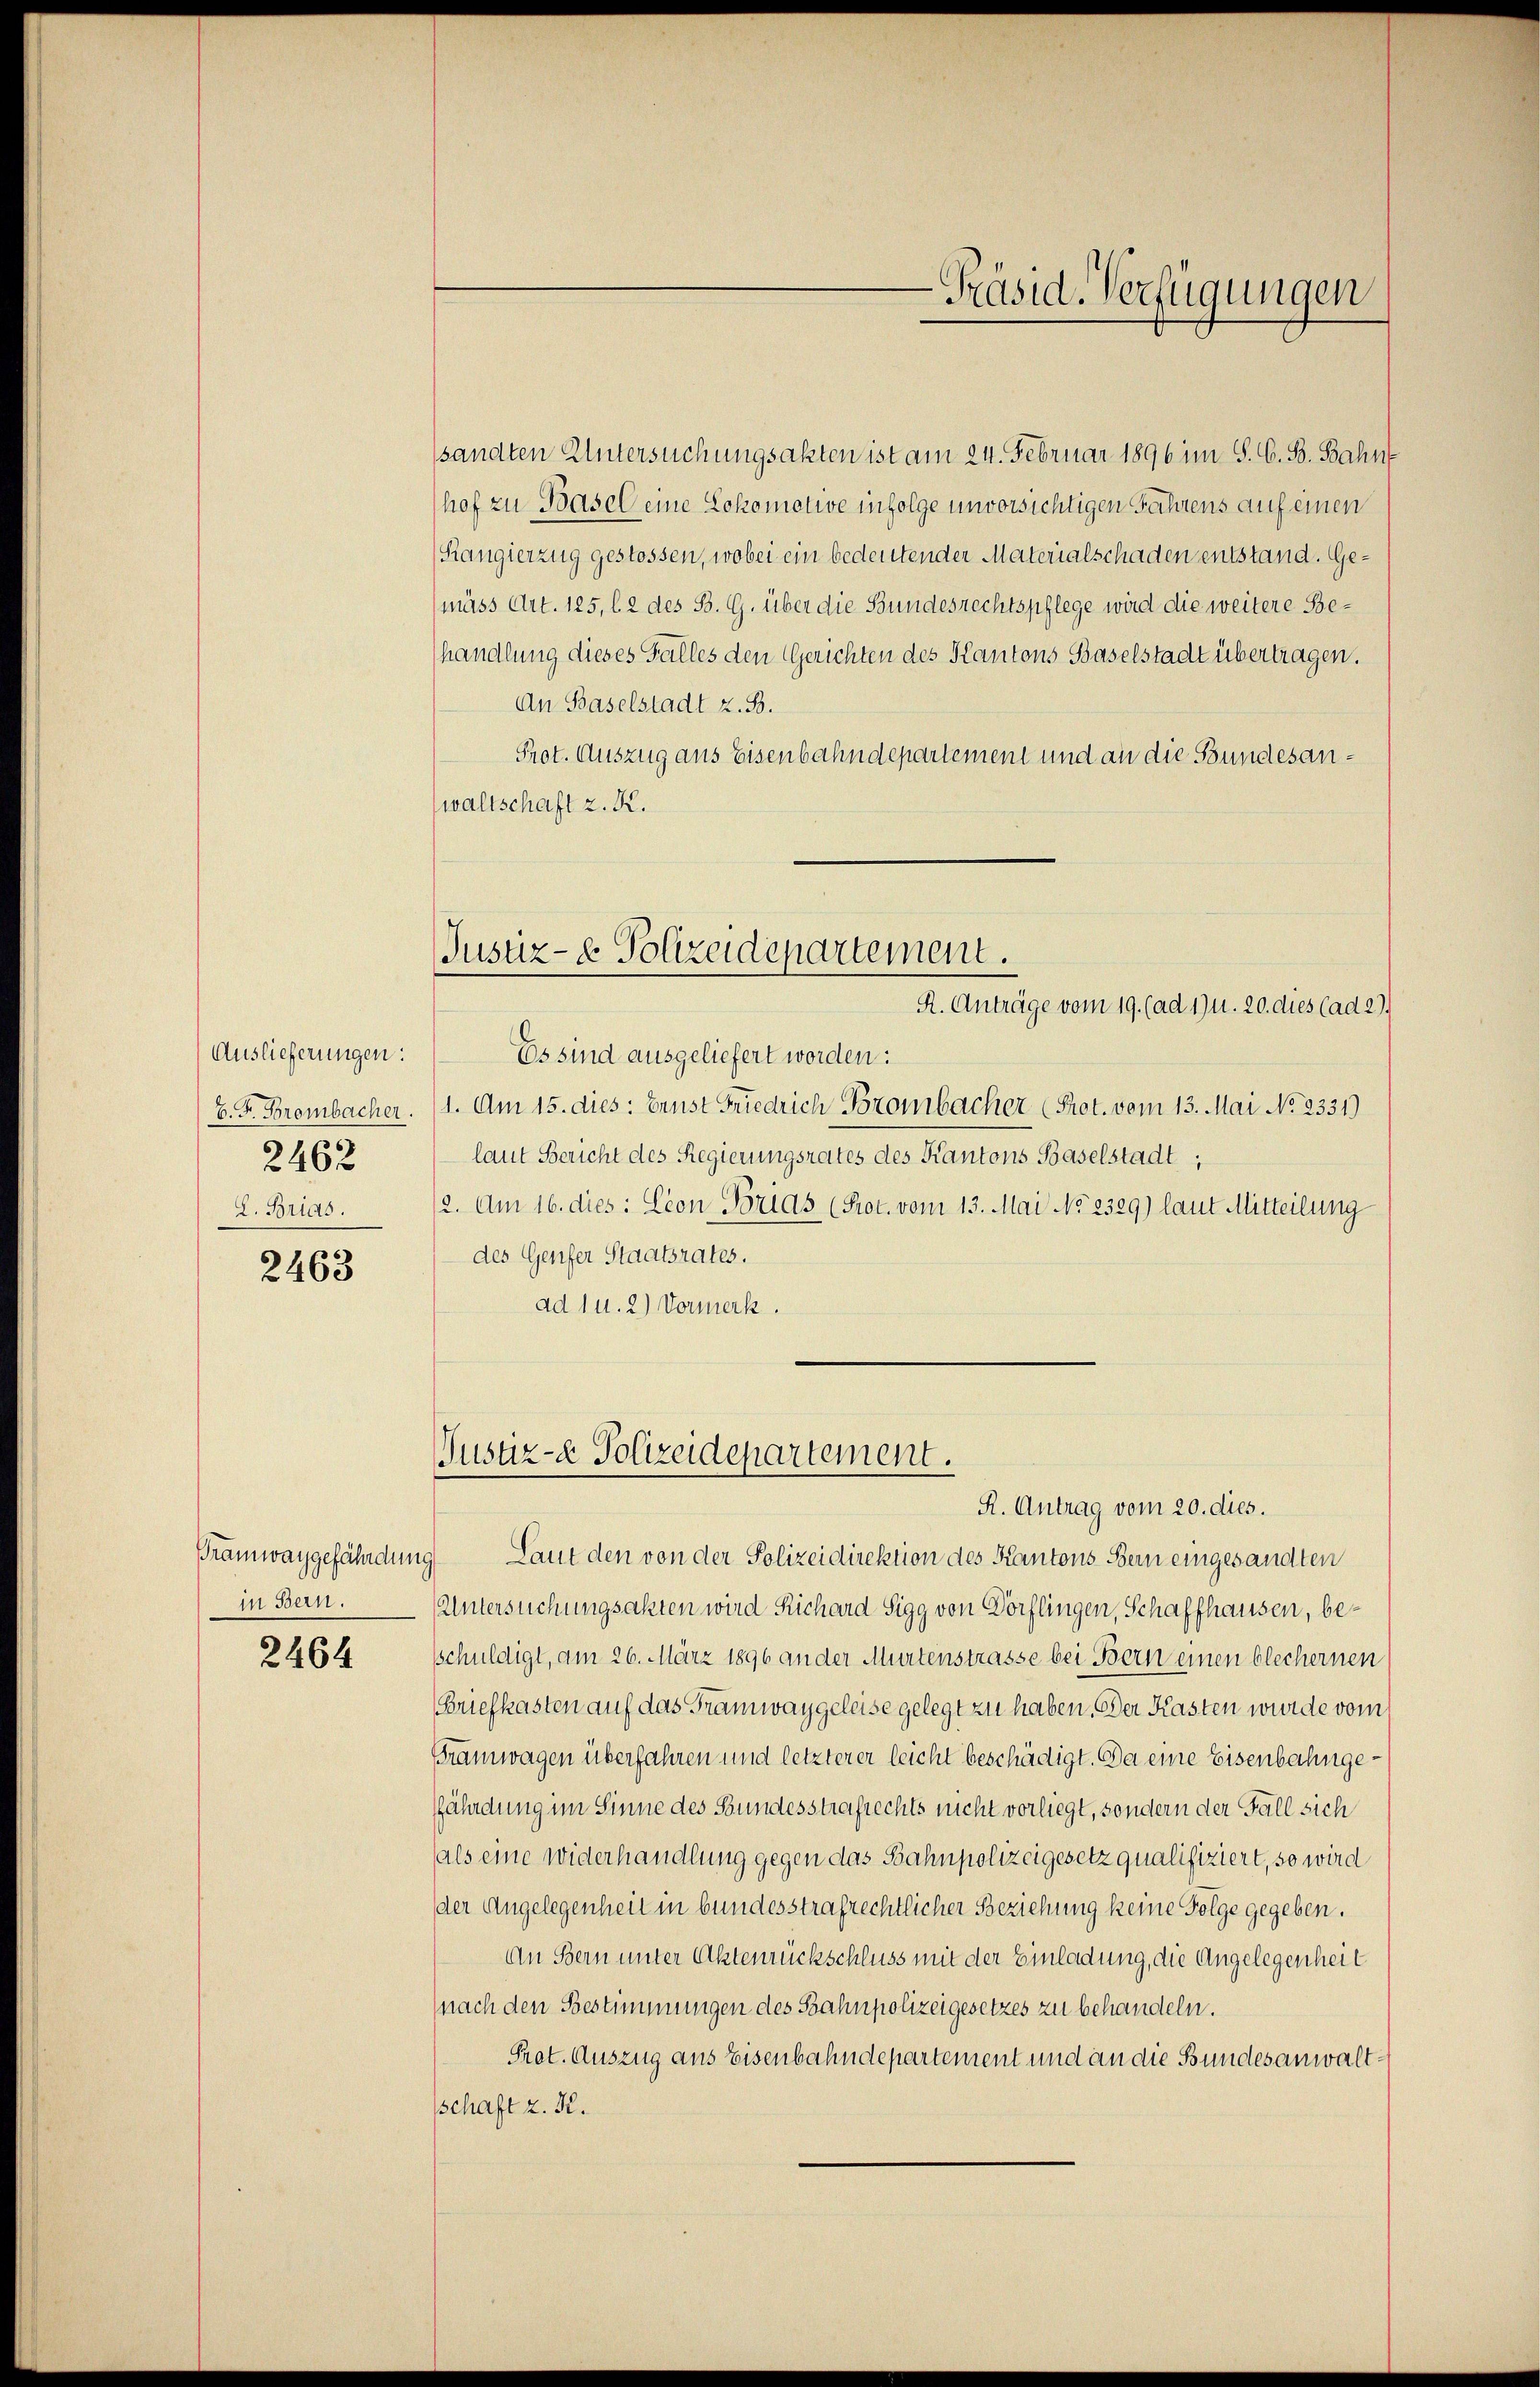
Auslieferungen:
E. F. Brombacher.
2462
L. Brias.

2463

in Bern.

2464

sandten Untersuchungsakten ist am 24. Februar 1896 im S. G. B. Bahn
hof zu Basel eine Lokomotive infolge unvorsichtigen Jahrens auf einen
Rangierzug gestossen, wobei ein bedeutender Materialschaden entstand. Gemäss Art. 125, l. 2 des B. G. über die Bundesrechtspflege wird die weitere Behandlung dieses Falles den Gerichten des Kantons Baselstadt übertragen.
An Baselstadt z. B.
Prot. Auszug aus Eisenbahndepartement und an die Bundesanwaltschaft z. R.
Justiz- & Polizeidepartement.
R. Anträge vom 19. (ad 17 u. 20. dies (ad 29.
Es sind ausgeliefert worden:
1. Am 15. dies: Ernst Friedrich Brombacher (Prot. vom 13. Mai No 2331)
laut Bericht des Regierungsrates des Kantons Baselstadt,
12. Am 16. dies: Cion Brias (Prot. vom 13. Mai No 2329) laut Mitteilung
des Genfer Staatsrates.
ad 1 u. 2) Vormerk.

Justiz- & Polizeidepartement.

R. Antrag vom 20. dies.
Tramwaygefährdung Laut den von der Polizeidirektion des Kantons Bern eingesandten
Untersuchungsakten wird Richard Sigg von Dörflingen, Schaffhausen, besschuldigt, am 26. März 1896 an der Murtenstrasse bei Bern einen blechernen
Briefkasten auf das Tramwaygeleise gelegt zu haben. Der Kasten wurde vom
Gramwagen überfahren und letzterer leicht beschädigt. Da eine Eisenbahngefährdung im Sinne des Bundesstrafrechts nicht vorliegt, sondern der Fall sich
als eine widerhandlung gegen das Bahnpolizeigesetz qualifiziert, so wird
der Angelegenheit in bundesstrafrechtlicher Beziehung keine Folge gegeben.
An Bern unter Aktenrückschluss mit der Einladung, die Angelegenheit
nach den Bestimmungen des Bahnpolizeigesetzes zu behandeln.
Prat. Auszug aus Eisenbahndepartement und an die Bundesanwaltschaft z. K.

Präsid. Verfügungen